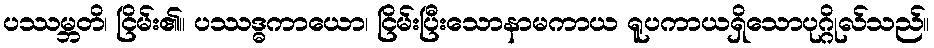
ပဿမ္ဘတိ၊ ငြိမ်း၏။ ပဿဒ္ဓကာယော၊ ငြိမ်းပြီးသောနာမကာယ ရူပကာယရှိသောပုဂ္ဂိုလ်သည်။